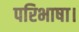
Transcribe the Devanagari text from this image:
परिभाषा।